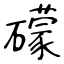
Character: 礞